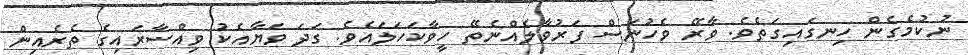
ނުކުމެގެން ހިނގައިގަތެވެ. ވާރޭ ވެހުނަސް ފަރުވާލެއްނެތޭ ހީވާކަހަލައެވެ. ގަދަ ވަޔާއެކު ވިއްސާރައިގެ ތެރެއިން